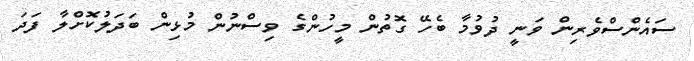
ސައެންސްވެރިން ވަނީ ދުވުމާ ބެހޭ ގޮތުން މީހުންގެ ވިސްނުން މުޅިން ބަދަލުކޮށްލާ ފަދަ